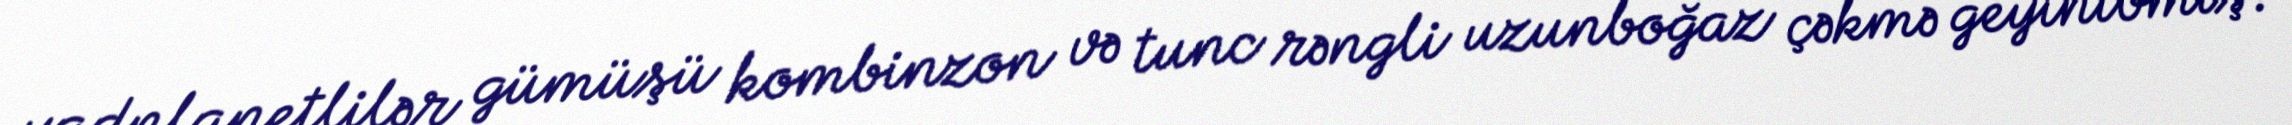
yadplanetlilər gümüşü kombinzon və tunc rəngli uzunboğaz çəkmə geyinibmiş.